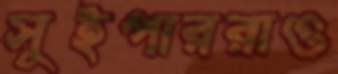
সুইপাররাও